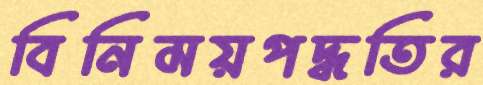
বিনিময়পদ্ধতির